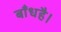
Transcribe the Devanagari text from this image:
बाँधहै।